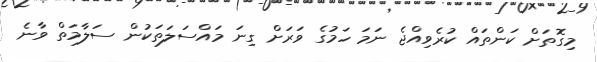
މިގޮތަށް ކަންތައް ކުރެވިއްޖެ ނަމަ ހަމުގެ ވަރަށް ގިނަ މައްސަލަތަކުން ސަލާމަތް ވާނެ